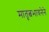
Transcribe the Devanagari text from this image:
मातृत्वभावनेने